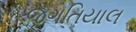
જગતિયાલ